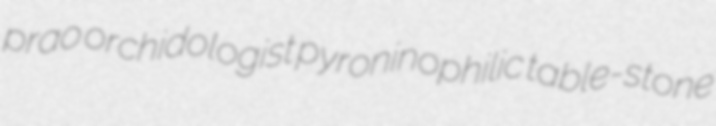
prao orchidologist pyroninophilic table-stone